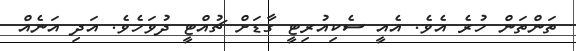
ތަންތަން ހުރެ އެވެ. އެއީ ސެކިއުރިޓީ ގާޑަށް ޗުއްޓީ ދުވަހެވެ. އަދި އަނެއް